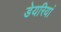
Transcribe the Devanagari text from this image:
डेयरियां